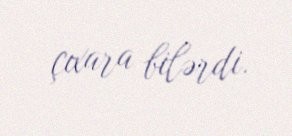
çıxara bilərdi.